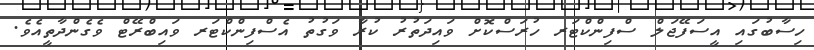
ހިސާބުގައި އީސަފޭޖަލް ސްފިންކްޓަރ ހުރަސްކޮށް ވައިދަތުރު ކުރާ ވަގުތު އެސްފިންކްޓަރ ވައިބްރޭޓް ވެގެންދާތީއެވެ.